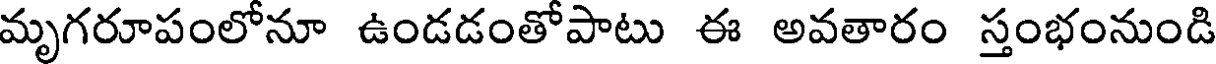
మృగరూపంలోనూ ఉండడంతోపాటు ఈ అవతారం స్తంభంనుండి